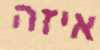
איזה